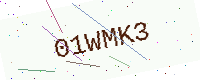
Text: 01WMK3